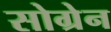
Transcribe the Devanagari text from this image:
सोग्रेन